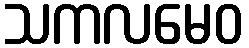
သကလမေဝ